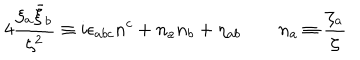
4 \frac { \xi _ { a } \bar { \xi } _ { b } } { \zeta ^ { 2 } } \equiv i \epsilon _ { a b c } n ^ { c } + n _ { a } n _ { b } + \eta _ { a b } \qquad n _ { a } \equiv \frac { \zeta _ { a } } { \zeta }